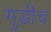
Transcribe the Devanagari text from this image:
गुडीच